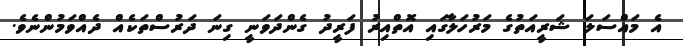
އެ މައްސަލަ ޝަރީއަތުގެ މަރުހަލާގައި އޮތްއިރު ފަރީދު ގެންދަވަނީ ގިނަ ދަރުސްތަކެއް ދެއްވަމުންނެވެ.